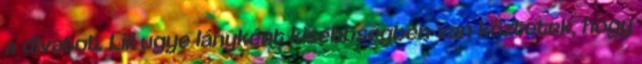
a divatot. Lili ugye lányként kisebbségben van köztetek, hogy